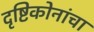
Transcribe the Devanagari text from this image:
दृष्टिकोनांचा